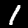
Digit: 1